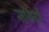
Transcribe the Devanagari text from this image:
सथियों